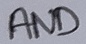
Text: AND